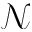
\mathcal { N }